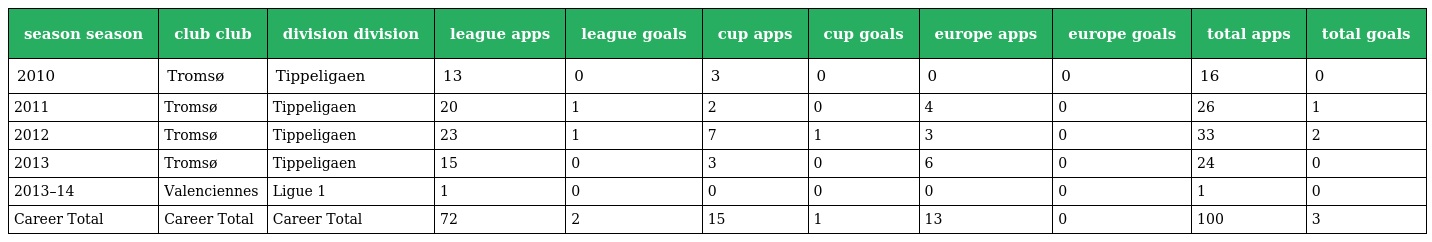
| season season | club club | division division | league apps | league goals | cup apps | cup goals | europe apps | europe goals | total apps | total goals |
 | --- | --- | --- | --- | --- | --- | --- | --- | --- | --- | --- |
 | 2010 | Tromsø | Tippeligaen | 13 | 0 | 3 | 0 | 0 | 0 | 16 | 0 |
 | 2011 | Tromsø | Tippeligaen | 20 | 1 | 2 | 0 | 4 | 0 | 26 | 1 |
 | 2012 | Tromsø | Tippeligaen | 23 | 1 | 7 | 1 | 3 | 0 | 33 | 2 |
 | 2013 | Tromsø | Tippeligaen | 15 | 0 | 3 | 0 | 6 | 0 | 24 | 0 |
 | 2013–14 | Valenciennes | Ligue 1 | 1 | 0 | 0 | 0 | 0 | 0 | 1 | 0 |
 | Career Total | Career Total | Career Total | 72 | 2 | 15 | 1 | 13 | 0 | 100 | 3 |